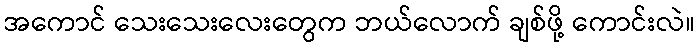
အကောင် သေးသေးလေးတွေက ဘယ်လောက် ချစ်ဖို့ ကောင်းလဲ။